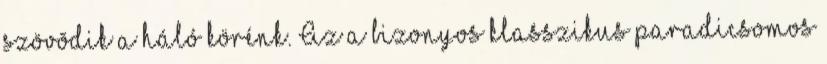
szövõdik a háló körénk. Az a bizonyos klasszikus paradicsomos